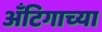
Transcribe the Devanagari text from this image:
अँटिगाच्या